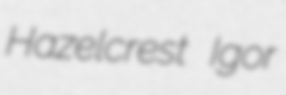
Hazelcrest Igor